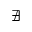
\nexists